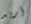
أريد